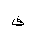
Letter: _fa